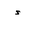
Letter: _hamza